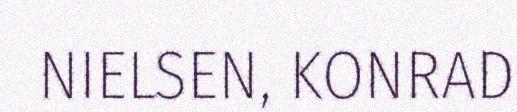
NIELSEN, KONRAD